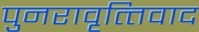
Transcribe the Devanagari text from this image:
पुनरावृत्‍तिवाद